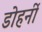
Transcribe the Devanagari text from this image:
डोहर्नी